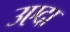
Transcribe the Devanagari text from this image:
उएदा